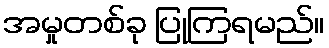
အမှုတစ်ခု ပြုကြရမည်။